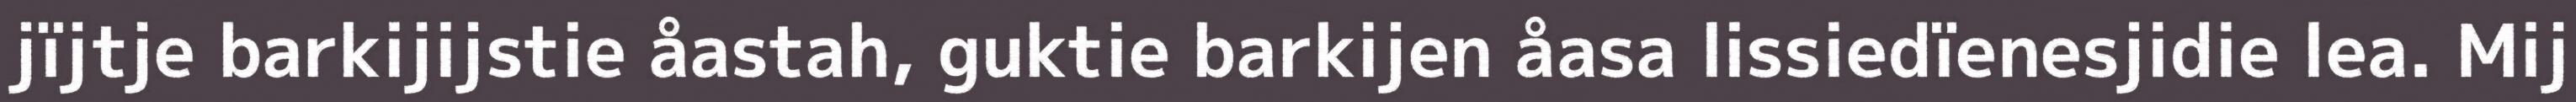
jïjtje barkijijstie åastah, guktie barkijen åasa lissiedïenesjidie lea. Mij